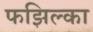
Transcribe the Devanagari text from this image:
फझिल्का